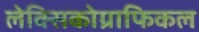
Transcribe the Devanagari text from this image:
लेक्सिकोग्राफिकल